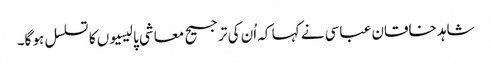
شاہد خاقان عباسی نے کہا کہ اُن کی ترجیح معاشی پالیسیوں کا تسلسل ہو گا۔